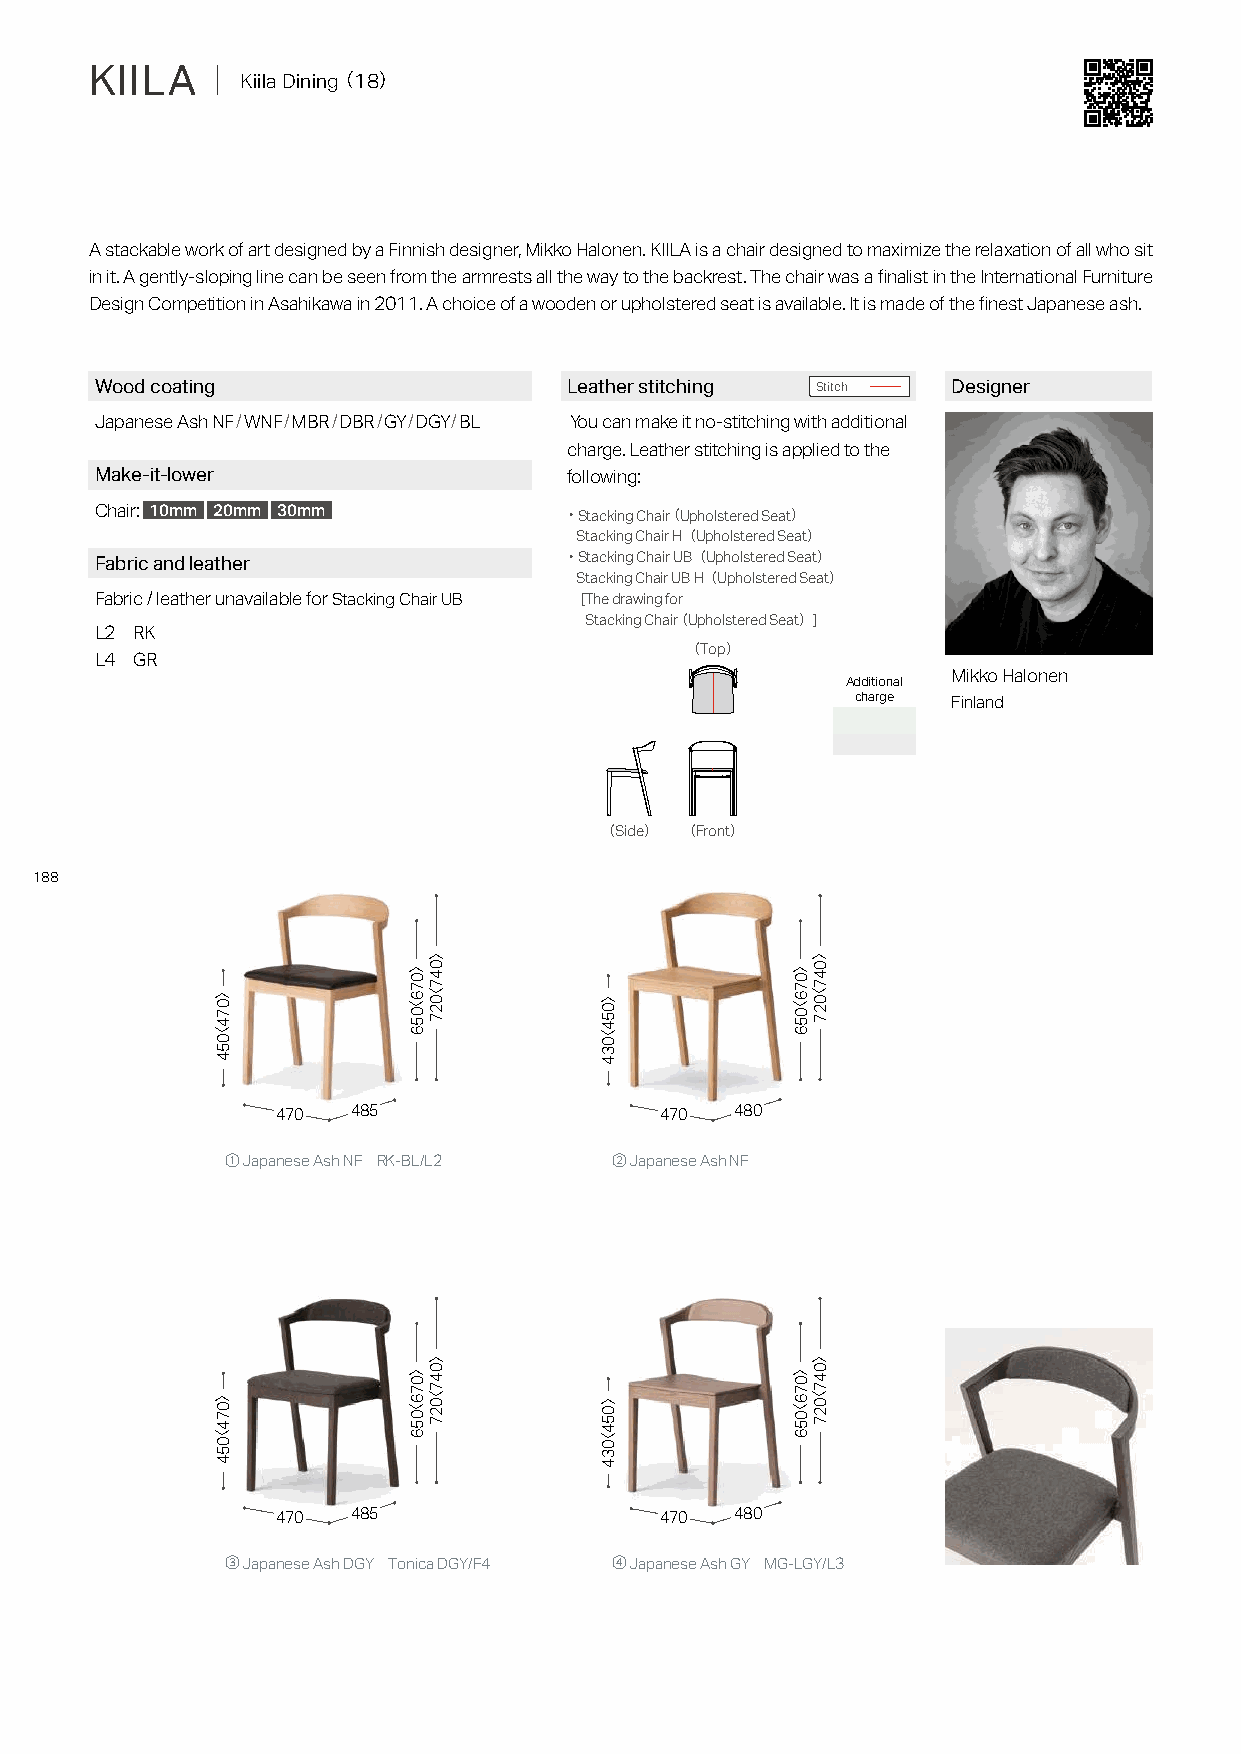
KIILA   ｜ Kiila Dining（ 18）
 A stackable work of art designed by a Finnish designer, Mikko Halonen. KIILA is a chair designed to maximize the relaxation of all who sit
 in it. A gently-sloping line can be seen from the armrests all the way to the backrest. The chair was a finalist in the International Furniture
 Design Competition in Asahikawa in 2011. A choice of a wooden or upholstered seat is available. It is made of the finest Japanese ash.
 Wood coating                    Leather stitching Stitch Designer
 Japanese Ash NF/WNF/MBR/DBR/GY/DGY/BL You can make it no-stitching with additional
 charge. Leather stitching is applied to the
 Make-it-lower                   following:
 Chair: 10mm 20mm 30mm          ・Stacking Chair（ Upholstered Seat）
 Stacking Chair H（Upholstered Seat）
 Fabric and leather
 ・Stacking Chair UB（Upholstered Seat）
 Stacking Chair UB H（Upholstered Seat）
 Fabric / leather unavailable for Stacking Chair UB [The drawing for
 Stacking Chair（ Upholstered Seat）]
 L2 RK
 （Top）
 L4 GR
 Additional Mikko Halonen
 charge
 Finland
 （Side） （Front）
 188
 470  485                  470  480
 ① Japanese Ash NF RK-BL/L2 ② Japanese Ash NF
 470  485                  470  480
 ③ Japanese Ash DGY Tonica DGY/F4 ④ Japanese Ash GY MG-LGY/L3
 〉074〈054
 〉074〈054
 〉076〈056
 〉076〈056
 〉047〈027
 〉047〈027
 〉054〈034
 〉054〈034
 〉076〈056
 〉076〈056
 〉047〈027
 〉047〈027